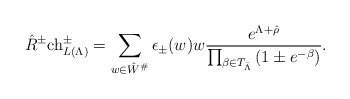
\begin{align*}\hat{R}^\pm \mathrm{ch}^\pm_{L(\Lambda)} = \sum_{w \in \hat{W}^\#}^{} \epsilon_\pm (w) w \frac{e^{\Lambda + \hat{\rho}}}{\prod_{\beta \in T_{\bar{\Lambda}}}{(1 \pm e^{-\beta})}}.\end{align*}